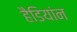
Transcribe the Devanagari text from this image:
हैडियांन